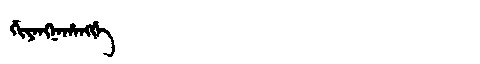
Manchu: ᡤᡳᠶᠠᠩᠨᠠᡥᠠᠩᡤᡝ
Romanization: GIYANGNAHANGGE